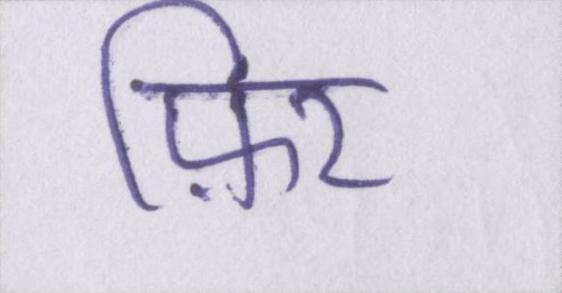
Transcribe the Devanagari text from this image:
फ़िर